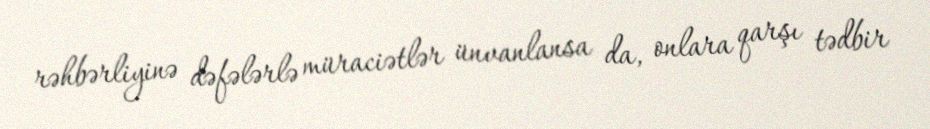
rəhbərliyinə dəfələrlə müraciətlər ünvanlansa da, onlara qarşı tədbir